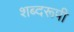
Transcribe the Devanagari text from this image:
शब्दरूपी